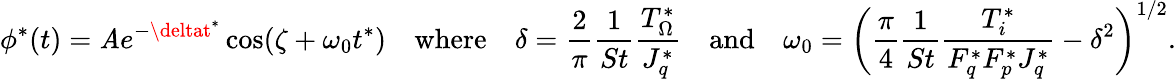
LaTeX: \phi^{*}(t)=\mathit{A}e^{-\deltat^{*}}\cos(\zeta+\omega_{0}t^{*})\quad\mathrm{{where}}\quad\delta=\frac{{2}}{{\pi}}\frac{{1}}{{St}}\frac{{T_{\Omega}^{*}}}{{J_{q}^{*}}}\quad\mathrm{{and}}\quad\omega_{0}=\left(\frac{{\pi}}{{4}}\frac{{1}}{{St}}\frac{{T_{i}^{*}}}{{F_{q}^{*}F_{p}^{*}J_{q}^{*}}}-\delta^{2}\right)^{1/2}.